Vital statistics of India. Vol. IV, Annual returns from 1871 to 1876. British Army of India, Native Army and jails of Bengal
Year: 1871
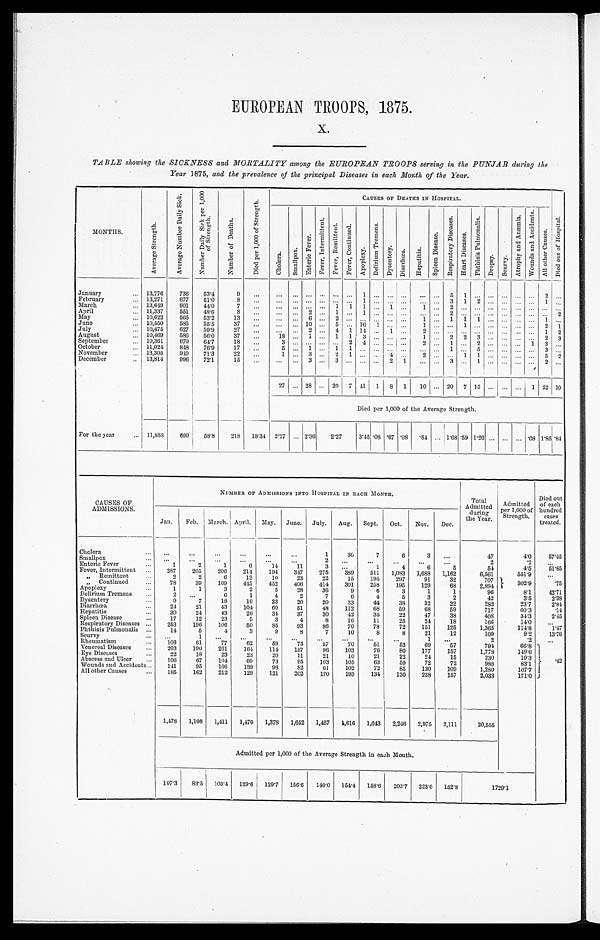
EUROPEAN TROOPS, 1875.
X.
TABLE showing the SICKNESS and MORTALITY among the EUROPEAN TROOPS serving in the PUNJAB during the
Year 1875, and the prevalence of the principal Diseases in each Month of the Year.
MONTHS.
A v e r a g e S t r e n g t h .
A v e r a g e N u m b e r D a i l y S i c k . N u m b e r D a i l y S i c k p e r 1 , 0 0 0 o f S t r e n g t h .
N u m b e r o f D e a t h s .
D i e d p e r 1 , 0 0 0 o f S t r e n g t h .
CAUSES OF DEATHS IN HOSPITAL.
D i e d o f H o s p i t a l .
C h o l e r a .
S m a l l p o x .
E n t e r i c F e v e r .
F e v e r , I n t e r m i t t e n t . F e v e r , R e m i t t e n t . F e v e r , C o n t i n u e d .
A p o p l e x y .
D e l i r i u m T r e m e n s .
D y s e n t e r y . D i a r r h œ a . H e p a t i t i s .
S p l e e n D i s e a s e .
R e s p i r a t o r y D i s e a s e s .
H e a r t D i s e a s e s . P h t h i s i s P u l m o n a l i s .
D r o p s y . S c u r v y .
A t r o p h y a n d A n æ m i a .
W o u n d s a n d A c c i d e n t s .
A l l o t h e r C a u s e s .
January
13,776 736 53.4
9
1
5 1
2
February
13,271 677 51.0
8
1
3 1 2
1
March
13,649 601 44.0
7
1 1 1
1
1
2
April
11,337 551 48.6
8
2
1
1
2
2
May
10,622 565 53.2 13
6
2
1 1 1 1
1
June
10,550 585 55.5 37
10
5
1 6
1
1
1
2 1
July
10,475 627
5 9 . 9 27
2
4 1 14
1
2
1 2
August
10,469 586 56.0 37
18
1
1 1 3
1
2 2 3
2 3
September
10,361 670 64.7 18
3
2 4
2
1
2
1 3
October
11,024 848 76.9 17
5
1
1 1
1
5
3
November
13,305 949 71.3 22
1
3
2 1
4
2
1 1
5 2
December
13,814 996 7 2 . 1
15
3
3
2 1
3
1
2
27
28
20 7 41 1 8 1 10
20 7 15
1 22 10
Died per 1,000 of the Average Strength.
For the year
11,888 699 58.8 218 18.34 2.27 2.36 2 . 2 7
3.45 .08 .67 .08 .84
1.68.59 1.26
. 0 8 1.85 . 8 4
CAUS ES OF
ADMISSIONS.
NUMBER OF ADMISSIONS INTO HOSPITAL IN EACH MONTH.
Total
Admitted durin g
the Year.
Admitted
per 1,000 of
Strength.
Died out
of each
hundred cases
treated.
Jan. Feb.
M a r c h . April. May. June. July. Aug. Sept. Oct. Nov. Dec.
Cholera
1
30
7
6
3
47
4.0 57. 45
Smallpox
2
2
.2
Enteric Fever
1
2
1
6
14
11
3
1
4
6
5
54
4.5 5 1 . 8 5
Fever, Intermittent
287 205 206 214 194 347 275 389 511 1,083 1,688 1,162
6,561
551.9
„ Remittent
2
2
6
12
10
23
22
15 195 297
91
32
707
302.9
.75
„ Continued
78
39 109 445 452 406 414 301 258 195 129
68
2,894
Apoplexy
1
1
3
2
5
28
36
9
6
3
1
1
96
8.1 42. 71
Delirium Tremens
2
6
1
4
2
7
6
4
5
3
2
42
3.5
2. 38
Dysentery
9
7
18
16
23
20
20
33
44
38
32
22
282
23.7
2. 84
Diarrhœa
24
21
43 104
60
51
48 112
68
59
68
59
717
60.3
.14
Hepatitis
30
24
43
26
34 37
30 42
35
22
47
38
408
34.3
2. 45
Spleen Disease
17
12
23
5
3
4
8
16
11
25
24
18
166
14.0
Respiratory Diseases
253 196 106
50
85
93
86
70
78
72 151 125
1,365
114.8
1. 47
Phthisis Pulmonalis
14
5
4
3
9
8
7
10
8
8
21
12
109
9.2 13. 76
Scurvy
1
1
2
.2
Rheumatism
103
61
77
62
59
75
57
70
51
53
69
57
794
66.8
.
42
Venereal Diseases
203 190 261 164 114 157
96 103
76
80 177 157
1,778
149.6
Eye Diseases
22
18
23
23
20
11
21
10
21
22
24
15
230
19.3
Abscess and Ulcer
106
67 104
69
73
75 103 105
63
59
72
72
988
83.1
Wounds and Accidents 141
95 166 139
98 82
61 102
72
85 130 109
1,280
107.7
All other Causes
185 162 212 129 121 202 170 193 134 130 238 157
2,033
171.0
1,478 1,108 1,411 1,470 1,378 1,652 1,467 1,616 1,643 2,246
2 , 9 7 5 2,111
20,555
Admitted per 1,000 of the Average Strength in each Month.
107.383.5 103.4 129.6 129.7 156.6 140.0 154.4 158.6 203.7 223.6 152.8
1 7 2 9 . 1